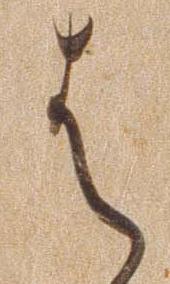
は